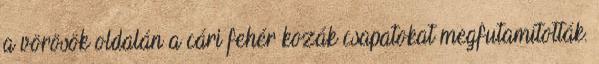
a vörösök oldalán a cári fehér kozák csapatokat megfutamították.